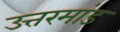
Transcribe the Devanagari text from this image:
उत्तरमांड